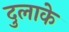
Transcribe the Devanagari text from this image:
दुलाके